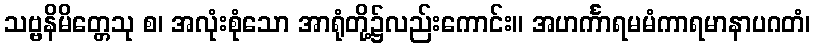
သဗ္ဗနိမိတ္တေသု စ၊ အလုံးစုံသော အာရုံတို့၌လည်းကောင်း။ အဟင်္ကာရမမံကာရမာနာပဂတံ၊